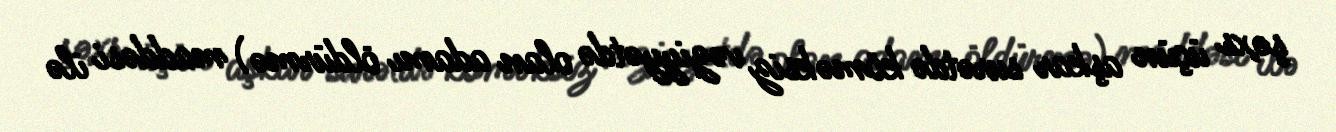
şəxs üçün aşkar surətdə köməksiz vəziyyətdə olan adamı öldürmə) maddəsi ilə